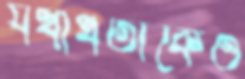
যথার্থতাকেও